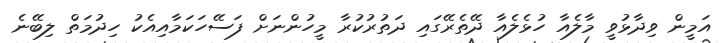
އަމީން ވިދާޅުވީ މާލެއާ ހުޅެލެއާ ދޭތެރޭގައި ދަތުރުކުރާ މީހުންނަށް ފަސޭހަކަމާއިއެކު ހިދުމަތް ލިބޭނެ